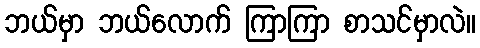
ဘယ်မှာ ဘယ်လောက် ကြာကြာ စာသင်မှာလဲ။